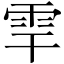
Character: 𩂀